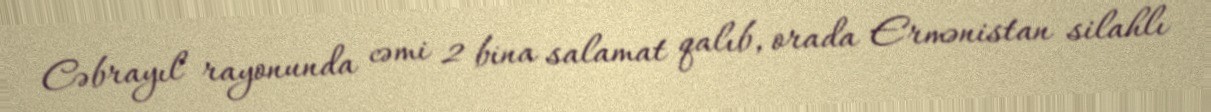
Cəbrayıl rayonunda cəmi 2 bina salamat qalıb, orada Ermənistan silahlı